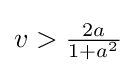
v>{\tfrac {2a}{1+a^{2}}}